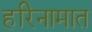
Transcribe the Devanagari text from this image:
हरिनामात